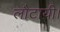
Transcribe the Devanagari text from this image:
लौटायी।